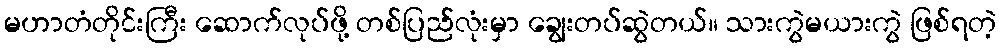
မဟာတံတိုင်းကြီး ဆောက်လုပ်ဖို့ တစ်ပြည်လုံးမှာ ချွေးတပ်ဆွဲတယ်။ သားကွဲမယားကွဲ ဖြစ်ရတဲ့